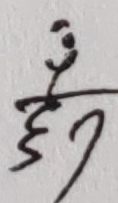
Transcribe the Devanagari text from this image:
हुने